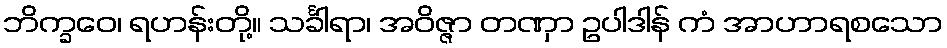
ဘိက္ခဝေ၊ ရဟန်းတို့။ သင်္ခါရာ၊ အဝိဇ္ဇာ တဏှာ ဥပါဒါန် ကံ အာဟာရစသော